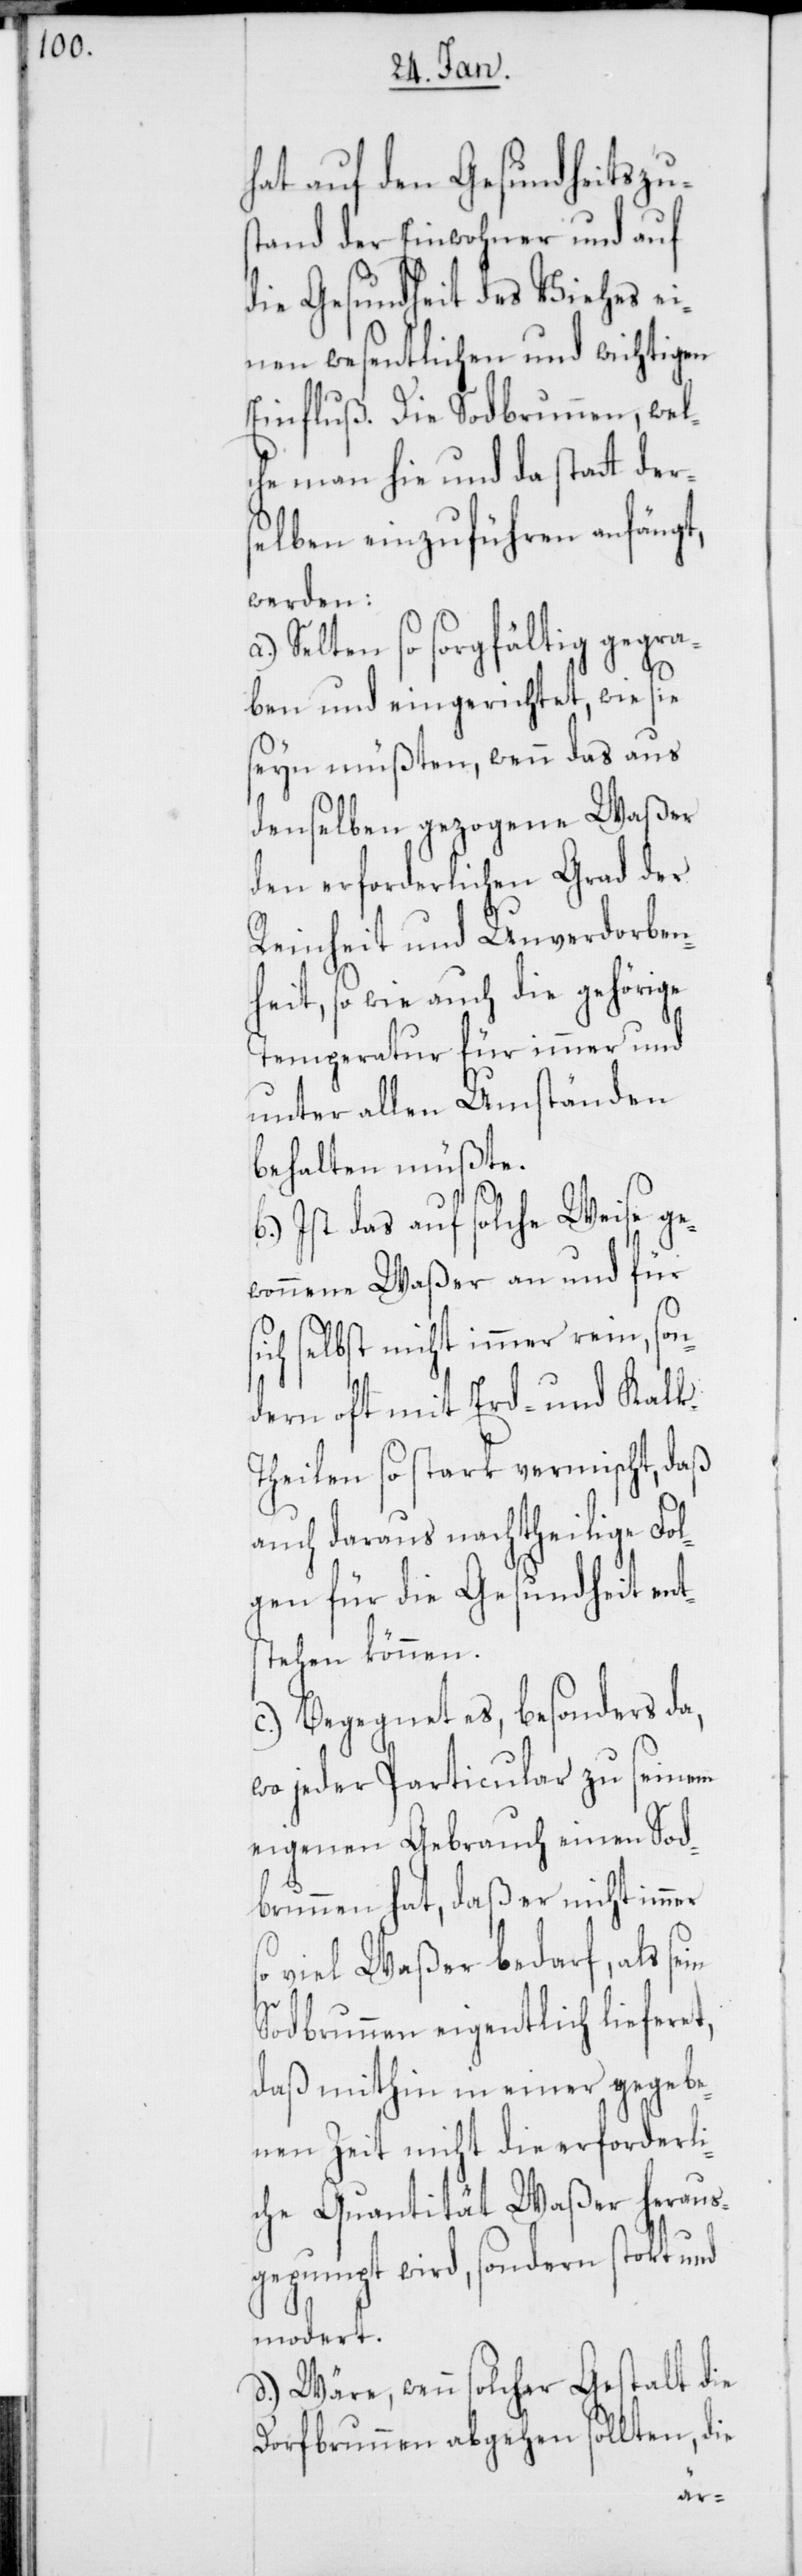
hat auf den Gesundheitszu¬
stand der Einwohner und auf
die Gesundheit des Viehes ei¬
nen wesentlichen und wichtigen
Einfluß. Die Sodbrunnen, wel¬
che man hie und da statt der¬
selben einzuführen anfängt,
werden:
Selten so sorgfältig gegra¬
ben und eingerichtet, wie sie
seyn müßten, wenn das aus
denselben gezogene Waßer
den erforderlichen Grad der
Reinheit und Unverdorben¬
heit, so wie auch die gehörige
Temperatur für immer und
unter allen Umständen
behalten müßte.
Ist das auf solche Weise ge¬
wonnene Waßer an und für
ch selbst nicht immer rein, son¬
dern oft mit Erd- und Kalk¬
theilen so stark vermischt, daß
auch daraus nachtheilige Fol¬
gen für die Gesundheit ent¬
stehen können.
c.) Begegnet es, besonders da,
wo jeder Particular zu seinem
eigenen Gebrauch einen Sod¬
brunnen hat, daß er nicht immer
viel Waßer bedarf, als se¬
Sodbrunnen eigentlich lieferet,
daß mithin in einer gegebe¬
nen Zeit nicht die erforderli¬
che Quantität Waßer heraus¬
gepumpt wird, sondern stokt und
modert.
d.) Wäre, wenn solcher Gestalt die
Dorfbrunnen abgehen sollten, die
in